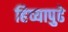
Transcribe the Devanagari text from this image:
हिच्यापुढे